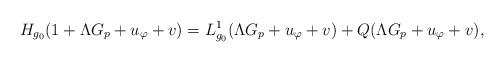
LaTeX: \begin{align*} H_{{g_0}}(1+\Lambda G_p+u_\varphi+v)=L_{{g_0}}^1(\Lambda G_p+u_\varphi+v)+Q(\Lambda G_p+u_\varphi+v),\end{align*}